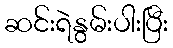
ဆင်းရဲနွမ်းပါးပြီး